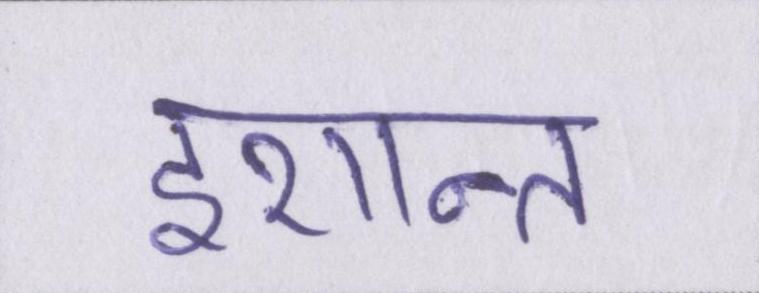
इशान्त